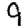
Digit: 9